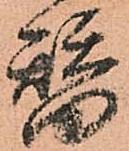
替